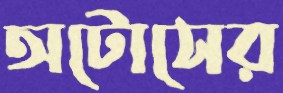
অটোসের